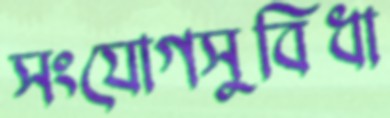
সংযোগসুবিধা